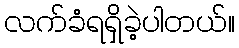
လက်ခံရရှိခဲ့ပါတယ်။